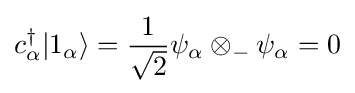
c_{\alpha }^{\dagger }|1_{\alpha }\rangle ={\frac {1}{\sqrt {2}}}\psi _{\alpha }\otimes _{-}\psi _{\alpha }=0